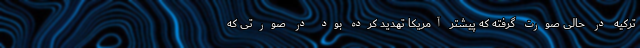
ترکیه در حالی صورت گرفته که پیشتر آمریکا تهدید کرده بود در صورتی که